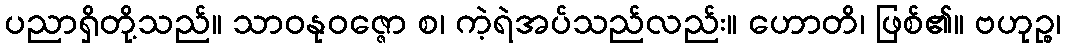
ပညာရှိတို့သည်။ သာဝနုဝဇ္ဇော စ၊ ကဲ့ရဲအပ်သည်လည်း။ ဟောတိ၊ ဖြစ်၏။ ဗဟုဉ္စ၊